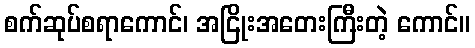
စက်ဆုပ်စရာကောင်၊ အငြိုးအတေးကြီးတဲ့ ကောင်။